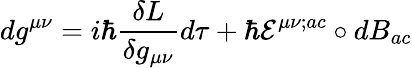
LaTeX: dg^{\mu\nu}=i\hbar\frac{\delta L}{\delta g_{\mu\nu}}d\tau+\hbar{\cal E}^{\mu\nu;ac}\circ dB_{ac}